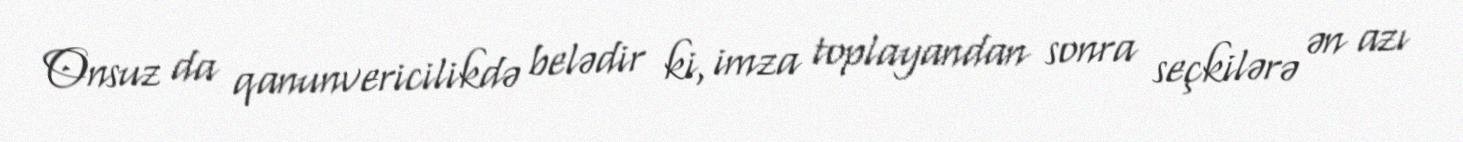
Onsuz da qanunvericilikdə belədir ki, imza toplayandan sonra seçkilərə ən azı